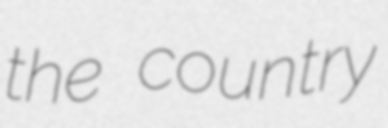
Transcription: the country